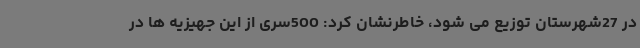
در 27شهرستان توزیع می شود، خاطرنشان کرد: 500سری از این جهیزیه ها در